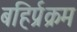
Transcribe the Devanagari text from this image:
बहिर्प्रक्रम